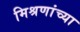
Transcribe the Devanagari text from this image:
मिश्रणांच्या